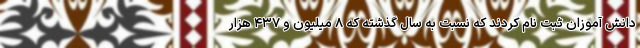
دانش آموزان ثبت نام کردند که نسبت به سال گذشته که ۸ میلیون و ۴۳۷ هزار